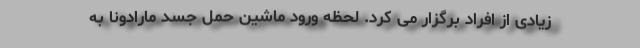
زیادی از افراد برگزار می کرد. لحظه ورود ماشین حمل جسد مارادونا به